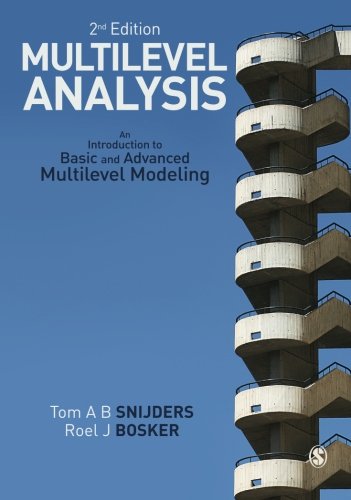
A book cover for Multilevel Analysis: An Introduction to Basic and Advanced Multilevel Modeling; Tom Snijders; Reference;